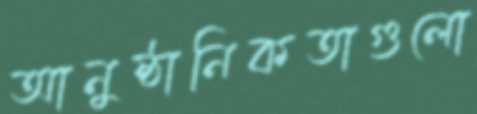
আনুষ্ঠানিকতাগুলো